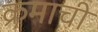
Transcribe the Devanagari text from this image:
क्रमाची